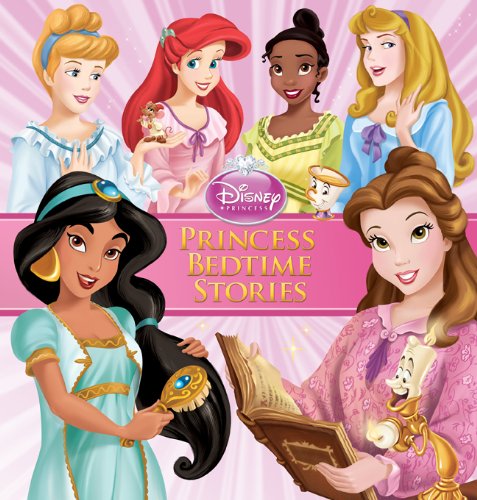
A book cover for Princess Bedtime Stories Special Edition (Storybook Collection); Disney Book Group; Children's Books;